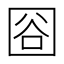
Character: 𱕿